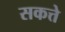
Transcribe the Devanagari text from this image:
सकत्ते